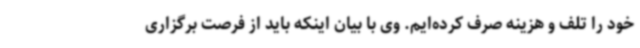
خود را تلف و هزینه صرف کرده‌ایم. وی با بیان اینکه باید از فرصت برگزاری